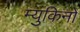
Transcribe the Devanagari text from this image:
म्युकिनो